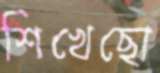
শিখেছো